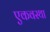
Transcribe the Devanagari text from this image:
एकवस्था